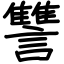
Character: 讐